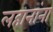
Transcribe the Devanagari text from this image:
लहानांना